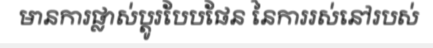
មានការផ្លាស់ប្តូរបែបផែន នៃការរស់នៅរបស់